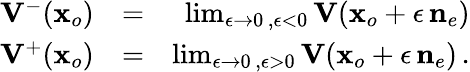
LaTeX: \begin{array}{rlr}{{{\mathbf V}}^{-}({\mathbf x}_{o})}&{=}&{\operatorname*{lim}_{\epsilon\rightarrow 0\, ,\epsilon<0}{\mathbf V}({\mathbf x}_{o}+\epsilon\, {{\mathbf n}}_{e})}\\ {{{\mathbf V}}^{+}({\mathbf x}_{o})}&{=}&{\operatorname*{lim}_{\epsilon\rightarrow 0\, ,\epsilon>0}{\mathbf V}({\mathbf x}_{o}+\epsilon\, {{\mathbf n}}_{e})\, .}\end{array}